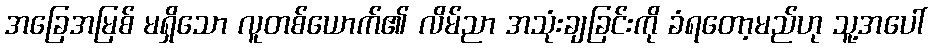
အခြေအမြစ် မရှိသော လူတစ်ယောက်၏ လိမ်ညာ အသုံးချခြင်းကို ခံရတော့မည်ဟု သူ့အပေါ်